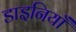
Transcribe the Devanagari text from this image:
डाइनियाँ